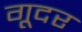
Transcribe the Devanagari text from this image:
गूदर